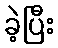
ခဲ့ပြီး